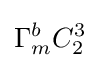
\Gamma _{m}^{b}C_{2}^{3}